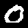
Label: 0